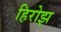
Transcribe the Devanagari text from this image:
हिरोझ